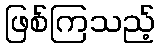
ဖြစ်ကြသည့်